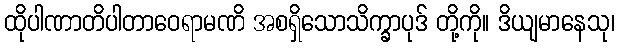
ထိုပါဏာတိပါတာဝေရာမဏိ အစရှိသောသိက္ခာပုဒ် တို့ကို။ ဒိယျမာနေသု၊